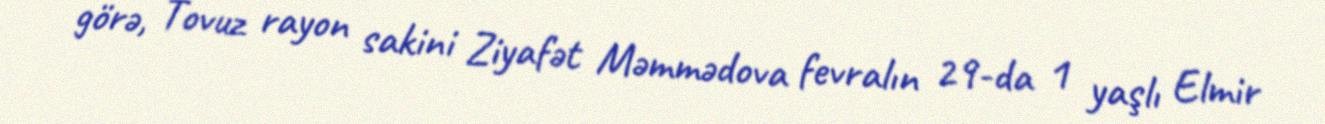
görə, Tovuz rayon sakini Ziyafət Məmmədova fevralın 29-da 1 yaşlı Elmir